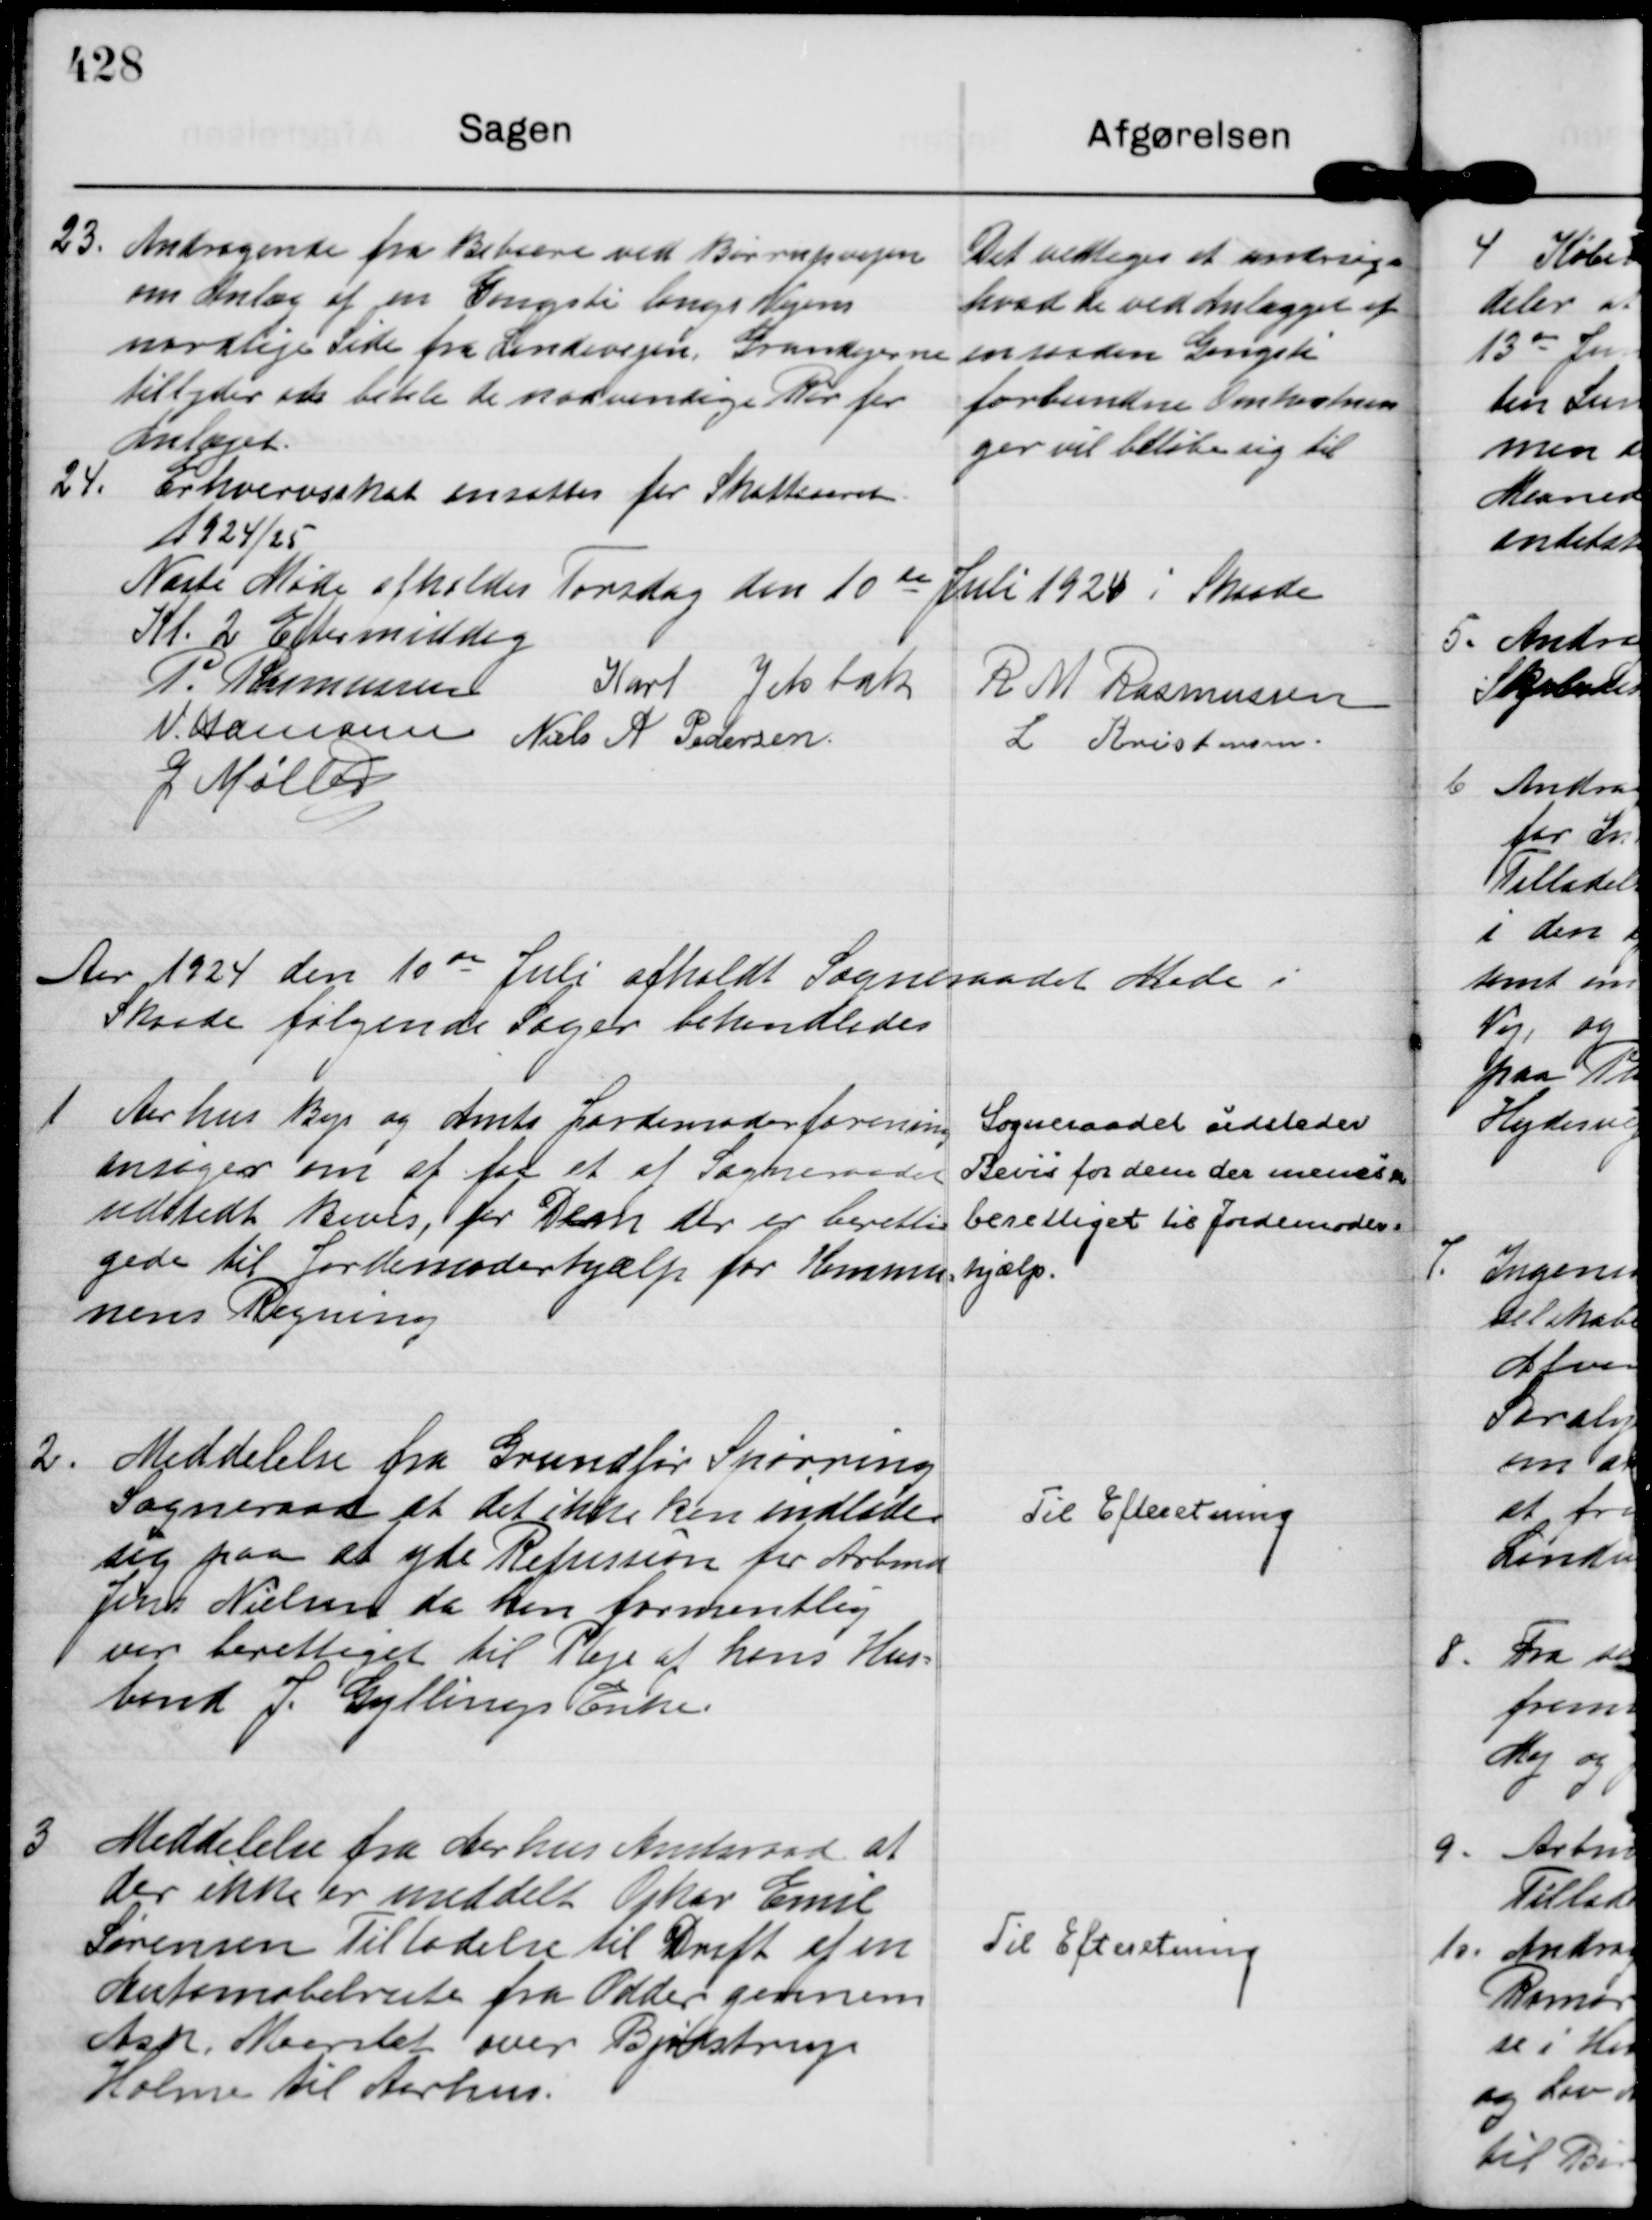
Transskription:
23.
Andragende fra Beboere ved Børupvejen
om Anlæg af en Gangsti langs Vejens
nordlige Side fra Landevejen, Grundejerne 
tilbyder at betale de nødvendige Rør for
Anlæget.

Det vedtoges at undersøge
hvad de ved Anlægget af
en saadan Gangsti
forbundne Omkostnin
ger vil beløbe sig til

24.
Erhvervsskat ansættes for Skatteaaret
1924/25

Næste Møde afholdes Torsdag den 10 de Juli 1924 i Skaade
Kl. 2 Eftermiddag
P. Rasmussen
Karl Jelsbak
R M Rasmussen
N. Hamann
Niels A Pedersen.
L Kristensen.
G Møller

Aar 1924 den 10 de Juli afholdt Sogneraadet Møde i
Skaade følgende Sager behandledes

1
Aarhus Bys og Amts Jordemoderforening
ansøger om at faa et af Sogneraadet
udstedt Bevis, for Dem der er beretti=
gede til Jordemoderhjælp for Kommu=
nens Regning

Sogneraadet udsteder
Bevis for dem der menes er 
berettiget til Jordemoder=
hjælp.

2.
Meddelelse fra Grundfør Spørring
Sogneraad at det ikke kan indlade
sig paa at yde Refusion for Arbmd
Jens Nielsen da han formentlig
var berettiget til Pleje af hans Hus=
bond J. Gyllings Enke.

Til Efteretning

3
Meddelelse fra Aarhus Amtsraad at
der ikke er meddelt Oskar Emil
Sørensen Tilladelse til Drift af en
Automobilrute fra Odder gennem
Ask, Maarslet over Bjødstrup
Holme til Aarhus.

Til Efteretning